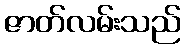
ဇာတ်လမ်းသည်